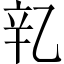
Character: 𬨖